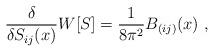
LaTeX: \begin{align*}\frac{\delta}{\delta S_{ij}(x)}{W}[S] = \frac{1}{8\pi^2}B_{(ij)}(x)~,\end{align*}